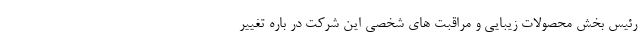
رئیس بخش محصولات زیبایی و مراقبت های شخصی این شرکت در باره تغییر